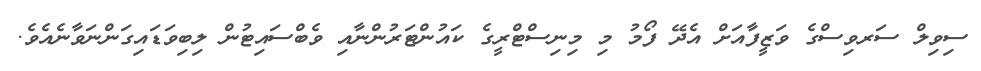
ސިވިލް ސަރވިސްގެ ވަޒީފާއަށް އެދޭ ފޯމު މި މިނިސްޓްރީގެ ކައުންޓަރުންނާއި ވެބްސައިޓުން ލިބިވަޑައިގަންނަވާނެއެވެ.